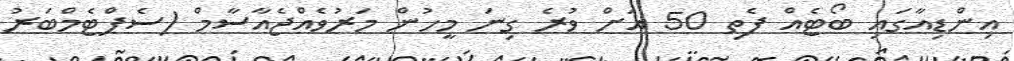
އިންޑިއާގައި ބޯޓެއް ފެތި 50 އަށް ވުރެ ގިނަ މީހުން މަރުވެއްޖެއާސާމް (ސެޕްޓެމްބަރު